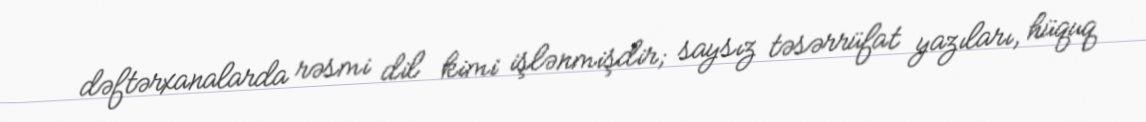
dəftərxanalarda rəsmi dil kimi işlənmişdir; saysız təsərrüfat yazıları, hüquq